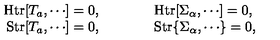
\begin{array} { r c l } { \mathrm { H t r } [ T _ { a } , \cdots ] = 0 , } & { { \qquad } } & { \mathrm { H t r } [ \Sigma _ { \alpha } , \cdots ] = 0 , } \\ { \mathrm { S t r } [ T _ { a } , \cdots ] = 0 , } & { { \qquad } } & { \mathrm { S t r } \{ \Sigma _ { \alpha } , \cdots \} = 0 , } \\ \end{array}